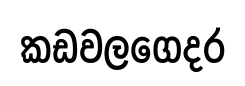
කඩවලගෙදර